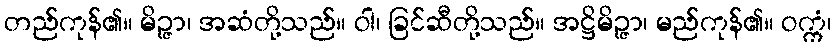
တည်ကုန်၏။ မိဉ္ဇာ၊ အဆံတို့သည်။ ဝါ၊ ခြင်ဆီတို့သည်။ အဋ္ဌိမိဉ္ဇာ၊ မည်ကုန်၏။ ဝက္ကံ၊